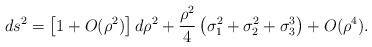
\begin{align*}ds^2= \left[ 1 + O(\rho^2) \right]d\rho^2+\frac{\rho^2}{4}\left(\sigma_1^2+\sigma_2^2+\sigma_3^3\right) +O(\rho^4).\end{align*}